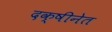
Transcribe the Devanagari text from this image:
दक्षीनेत